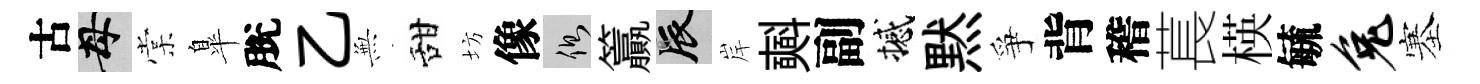
古母棠臯脫乙𭴾甜坊像側籯辰岸𣂏副撼黙爭背稽萇楧毓兔塞